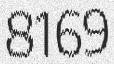
8169